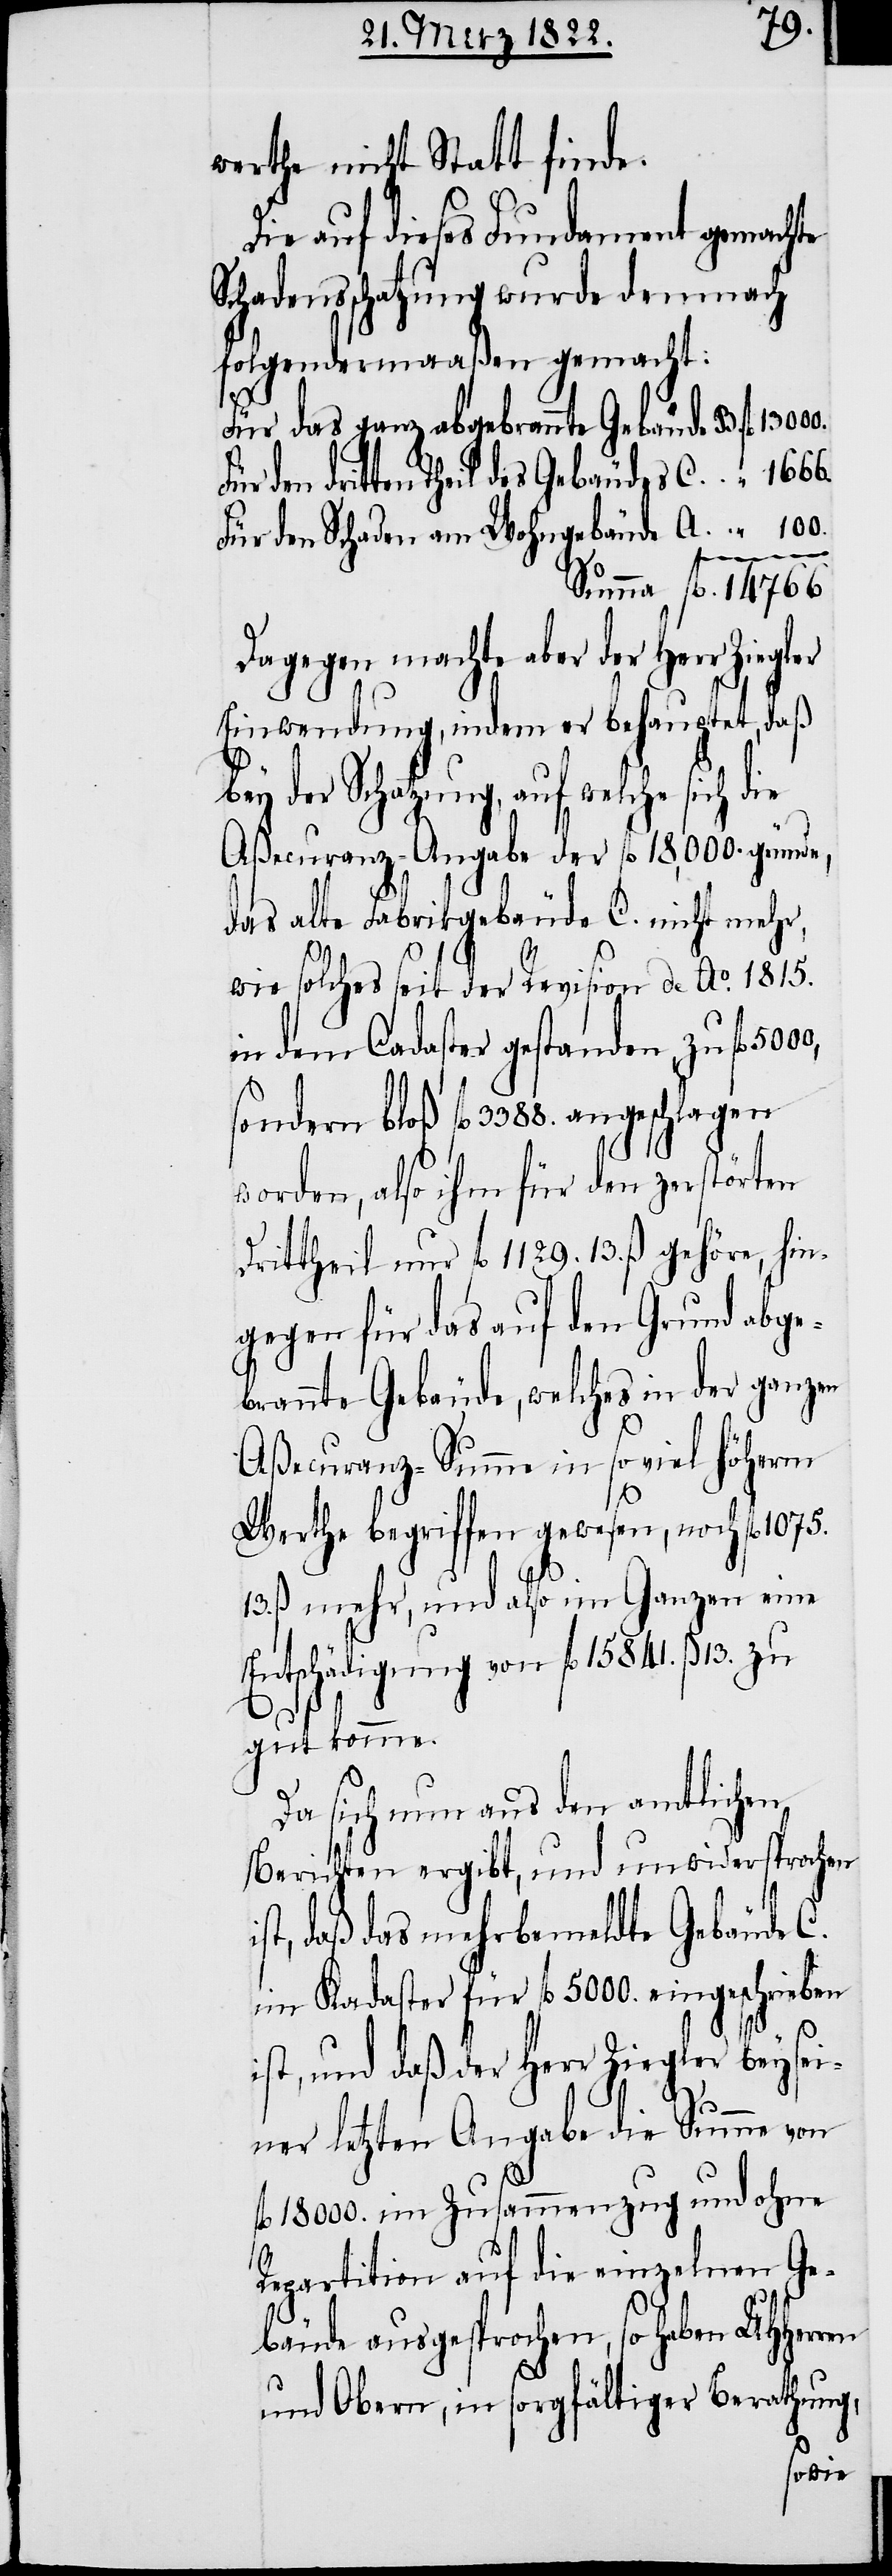
fl.
werthe nicht Statt finde.
Die auf dieses Fundament gemachte
Schadensschatzung wurde demnach
folgendermaßen gemacht:
Für das ganz abgebrannte Gebäude B 	fl.
den dritten Theil des Gebäudes C.
Für den Schaden am Wohngebäude A. 	“ 	 100.
sondern
ie
Dagegen machte aber der Herr Ziegler
Einwendung, indem er behauptet, daß
der Schatzung, auf welche sich d¬
Aßecuranz-Angabe der fl. 18,000. gründe,
das alte Fabrikgebäude C. nicht mehr,
wie solches seit der Revision de Ao. 1815.
in dem Cadaster gestanden, zu fl.
worden, also ihm für den zerstörten
Drittheil nur fl. 1129.13.ß gehöre, hin¬
gegen für das auf den Grund abge¬
brannte Gebäude, welches in der ganzen
Aßecuranz-Summe in so viel höherm
Werthe begriffen gewesen, noch fl. 1075.
13. ß mehr, und also im Ganzen eine
Entschädigung von fl 15841. ß 13.
gut komme.
Da sich nun aus den amtlichen
Berichten ergibt, und unwidersprochen
ist, daß mehrbemeldte Gebäude C.
im Kadaster für fl. 5000. eingeschrieben
ist, und daß der Herr Ziegler bey sei¬
ner letzten Angabe die Summe von
fl. 1800. im Zusammenzug und ohne
Repartition auf die einzelnen Ge¬
bäude ausgesprochen, so haben UHHerren
und Obern, in sorgfältiger Berathung,